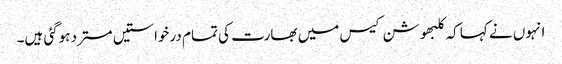
انہوں نے کہا کہ کلبھوشن کیس میں بھارت کی تمام درخواستیں مسترد ہوگئی ہیں۔